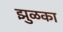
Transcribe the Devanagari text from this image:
झुळका